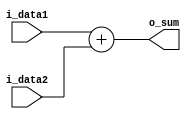
`timescale 1ns / 1ps
//////////////////////////////////////////////////////////////////////////////////
// Company: 
// Engineer: 
// 
// Design Name: 
// Module Name:    ADD_PC 
// Project Name: 
// Target Devices: 
// Tool versions: 
// Description: 
//
// Dependencies: 
//
// Revision: 
// Revision 0.01 - File Created
// Additional Comments: 
//
//////////////////////////////////////////////////////////////////////////////////
module ADD_PC(i_data1,i_data2,o_sum);
  input [31:0]i_data1;      //input 32bit data
  input [31:0]i_data2;      //input 32bit data
  output [31:0]o_sum;       //output 32bit sum, not carry out
  
  assign o_sum = i_data1 + i_data2;  
endmodule